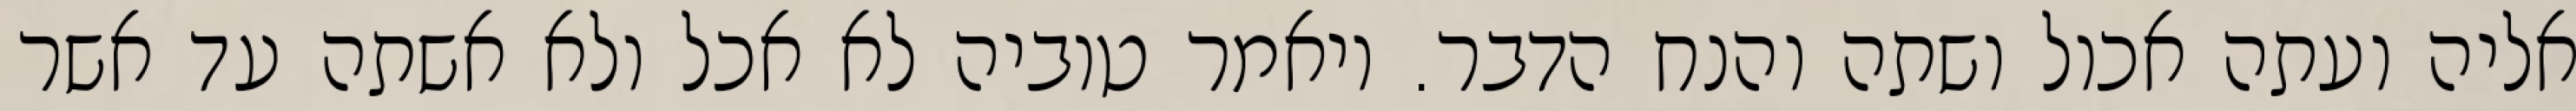
אליה ועתה אכול ושתה והנח הדבר. ויאמר טוביה לא אכל ולא אשתה עד אשר